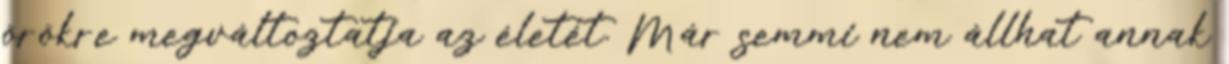
örökre megváltoztatja az életét. Már semmi nem állhat annak